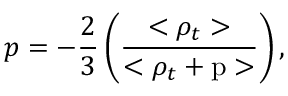
p = - \frac { 2 } { 3 } \left( \frac { < \rho _ { t } > } { < \rho _ { t } + \mathrm { p } > } \right) ,